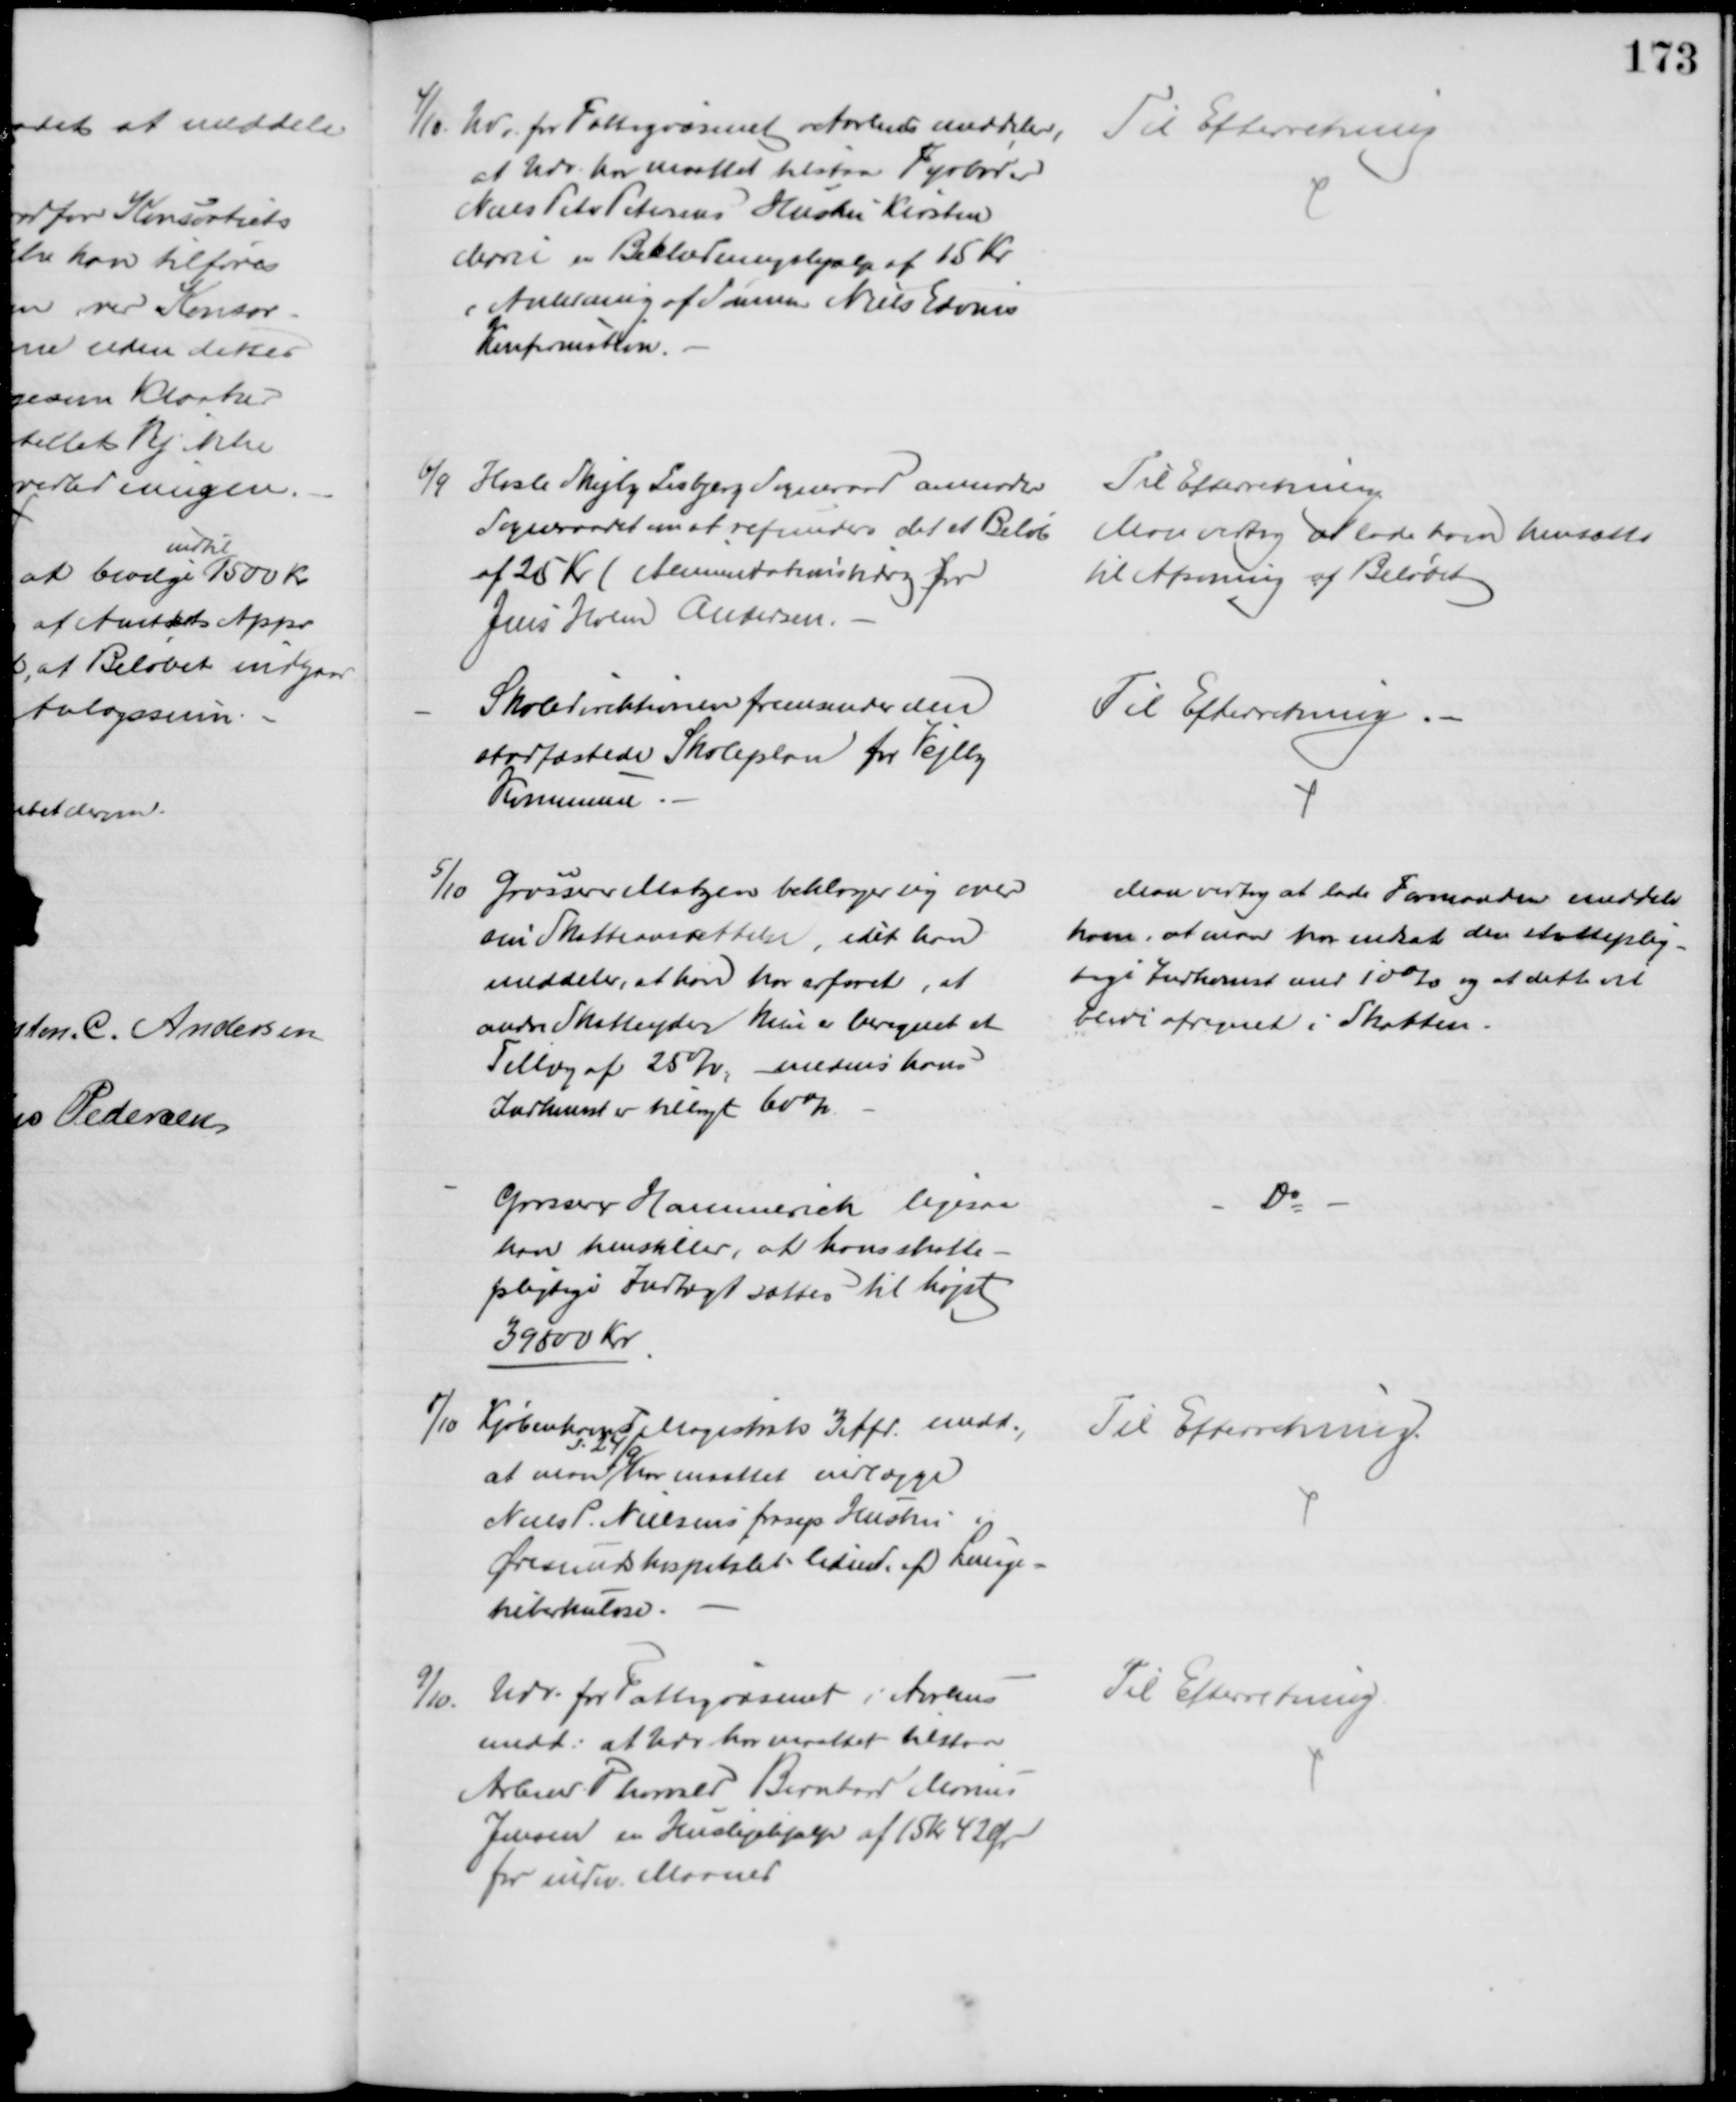
Transskription:
4/10 Udv. for Fattigvæsenet i Aarhus meddeler,
at Udv. har maattet tilstaa Fyrbøder
Niels Peter Petersens Hustru Kirsten
Marie en Beklædningshjælp af 15 Kr
i Anledning af Sønnen Niels Edvins
Konfirmation.
Til Efterretning
6/9 Hasle Skejby Lisbjerg Sogneraad anmoder
Sogneraadet om at refundere det et Beløb
af 25 Kr. (Alimentationsbidrag for
Jens Holm Andersen.
Til Efterretning
Man vedtog at lade ham hensætte 
til Afsoning af Beløbet 
Skoledirektionen fremsender den
stadfæstede Skoleplan for Vejlby
Kommune.
Til Efterretning
5/10
Grosser Matzen beklager sig over
sin Skatteansættelse, idet han
meddeler, at han har erfaret, at
andre Skatteydere kun er beregnet et
Tillæg af 25 %, medens hans
Indkomst er tillagt 60%.
Man vedtog at lade Formanden meddele
ham, at man har nedsat den skatteplig-
tige Indkomst med 10% og at dette vil
blive afregnet i Skatten.
Grossere Hammerich ligesaa
han henstiller, at hans skatte-
pligtige Indtægt sættes til højst
39800 Kr.
Do
8/10 Kjøbenhavn Magistrats 3 Afd. medd.,
at man 
d. 24/9
har mattet indlægge
Niels P. Nielsens frasep Hustru i
Øresundshospitalet lidende af Lunge-
tuberkulose.
Til Efterretning.
9/10
Udv. for Fattigvæsenet i Aarhus
medd: at Udv har maattet tilstaa
Arbmd. Thorvald Bernhard Marius
Jensen en Huslejehjælp af 15 kr 42 Ør
for indev. Maaned
Til Efterretning.